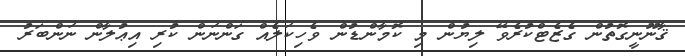
ޤާނޫނީގޮތުން ގެޒެޓްކުރެވޭ ލިޔުން މި ކޮމާންޑުން ވެހިކަލެއް ގަންނަން ކުރި އިޢުލާން ނަންބަރު